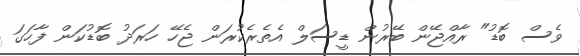
ވެސް ބޮޑު" ރާއްޖޭން ބޭރުން ޑީސަލް އެތެރެކުރަން ޖެހޭ ހަރަދު ބޮޑުކަން ފާހަގަ